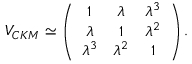
V _ { C K M } \simeq \left( \begin{array} { c c c } { { 1 } } & { { \lambda } } & { { \lambda ^ { 3 } } } \\ { { \lambda } } & { { 1 } } & { { \lambda ^ { 2 } } } \\ { { \lambda ^ { 3 } } } & { { \lambda ^ { 2 } } } & { { 1 } } \end{array} \right) .